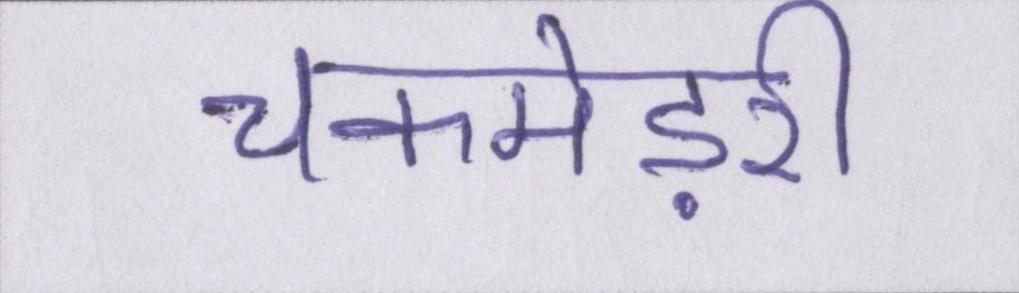
चकमेड़री